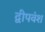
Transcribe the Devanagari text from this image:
द्वीपवंश